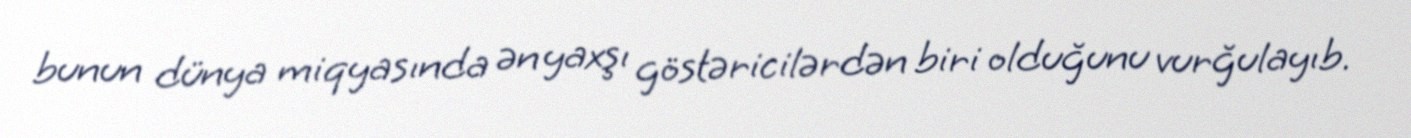
bunun dünya miqyasında ən yaxşı göstəricilərdən biri olduğunu vurğulayıb.